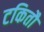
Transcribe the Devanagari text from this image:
टकितौ